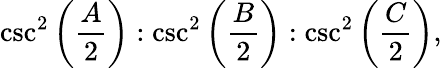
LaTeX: \csc^{2}\left({\frac{A}{2}}\right):\csc^{2}\left({\frac{B}{2}}\right):\csc^{2}\left({\frac{C}{2}}\right),